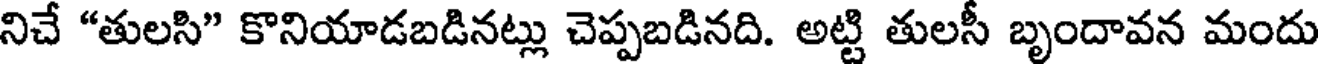
నిచే "తులసి" కొనియాడబడినట్లు చెప్పబడినది. అట్టి తులసీ బృందావన మందు